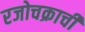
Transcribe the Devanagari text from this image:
रजोचक्राची